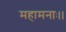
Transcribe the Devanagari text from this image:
महामनाः।।